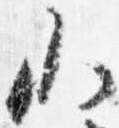
小